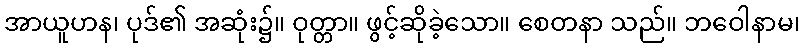
အာယူဟန၊ ပုဒ်၏ အဆုံး၌။ ဝုတ္တာ။ ဖွင့်ဆိုခဲ့သော။ စေတနာ သည်။ ဘဝေါနာမ၊